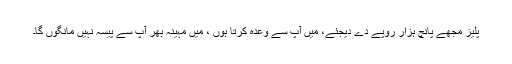
پلیز مجھے پانچ ہزار روپے دے دیجئے، میں آپ سے وعدہ کرتا ہوں ، میں مہینہ بھر آپ سے پیسہ نہیں مانگوں گا۔